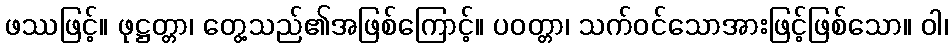
ဖဿဖြင့်။ ဖုဋ္ဌတ္တာ၊ တွေ့သည်၏အဖြစ်ကြောင့်။ ပဝတ္တာ၊ သက်ဝင်သောအားဖြင့်ဖြစ်သော။ ဝါ၊